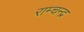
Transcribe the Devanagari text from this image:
राम्चन्द्र